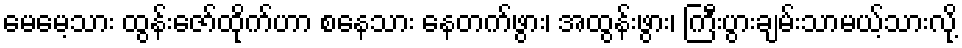
မေမေ့သား ထွန်းဇော်ထိုက်ဟာ စနေသား နေတက်ဖွား၊ အထွန်းဖွား၊ ကြီးပွားချမ်းသာမယ့်သားလို့